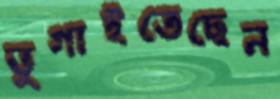
ভুগাইতেছেন